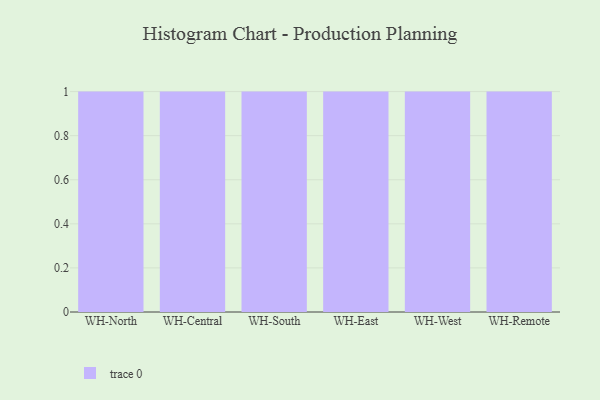
{"axis": {"x": "Warehouse", "y": "Waste Production (Tons)"}, "legend": [""], "data": [{"x": "WH-North", "y": 40, "type": ""}, {"x": "WH-Central", "y": 92, "type": ""}, {"x": "WH-South", "y": 49, "type": ""}, {"x": "WH-East", "y": 36, "type": ""}, {"x": "WH-West", "y": 9, "type": ""}, {"x": "WH-Remote", "y": 8, "type": ""}]}